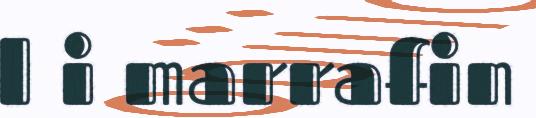
l i marrafin